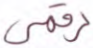
رقمي